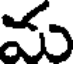
మ